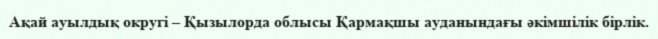
Ақай ауылдық округі – Қызылорда облысы Қармақшы ауданындағы әкімшілік бірлік.